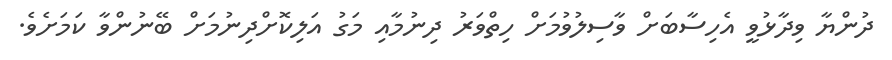
ދުންޔާ ވިދާޅުވީ އެހިސާބަށް ވާސިލުވުމަށް ހިތްވަރު ދިނުމާއި މަގު އަލިކޮށްދިނުމަށް ބޭނުންވާ ކަމަށެވެ.